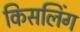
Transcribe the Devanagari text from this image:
किसलिंग